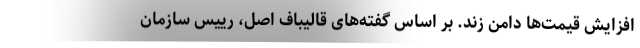
افزایش قیمت‌ها دامن زند. بر اساس گفته‌های قالیباف اصل، رییس سازمان